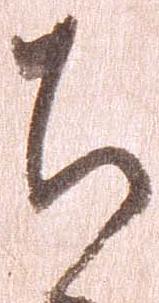
ち